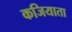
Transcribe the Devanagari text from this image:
कजियाता